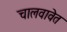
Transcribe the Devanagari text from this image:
चालवावेत